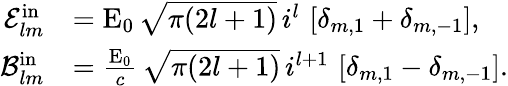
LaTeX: \begin{array}{rl}{\mathcal{E}_{lm}^{\mathrm{in}}}&{=\mathrm{E}_{0}\, \sqrt{\pi(2l+1)}\, i^{l}\, \left[\delta_{m,1}+\delta_{m,-1}\right],}\\ {\mathcal{B}_{lm}^{\mathrm{in}}}&{=\frac{\mathrm{E}_{0}}{c}\, \sqrt{\pi(2l+1)}\, i^{l+1}\, \left[\delta_{m,1}-\delta_{m,-1}\right].}\end{array}